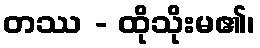
တဿ - ထိုသိုးမ၏၊